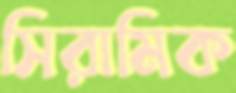
সিরামিক